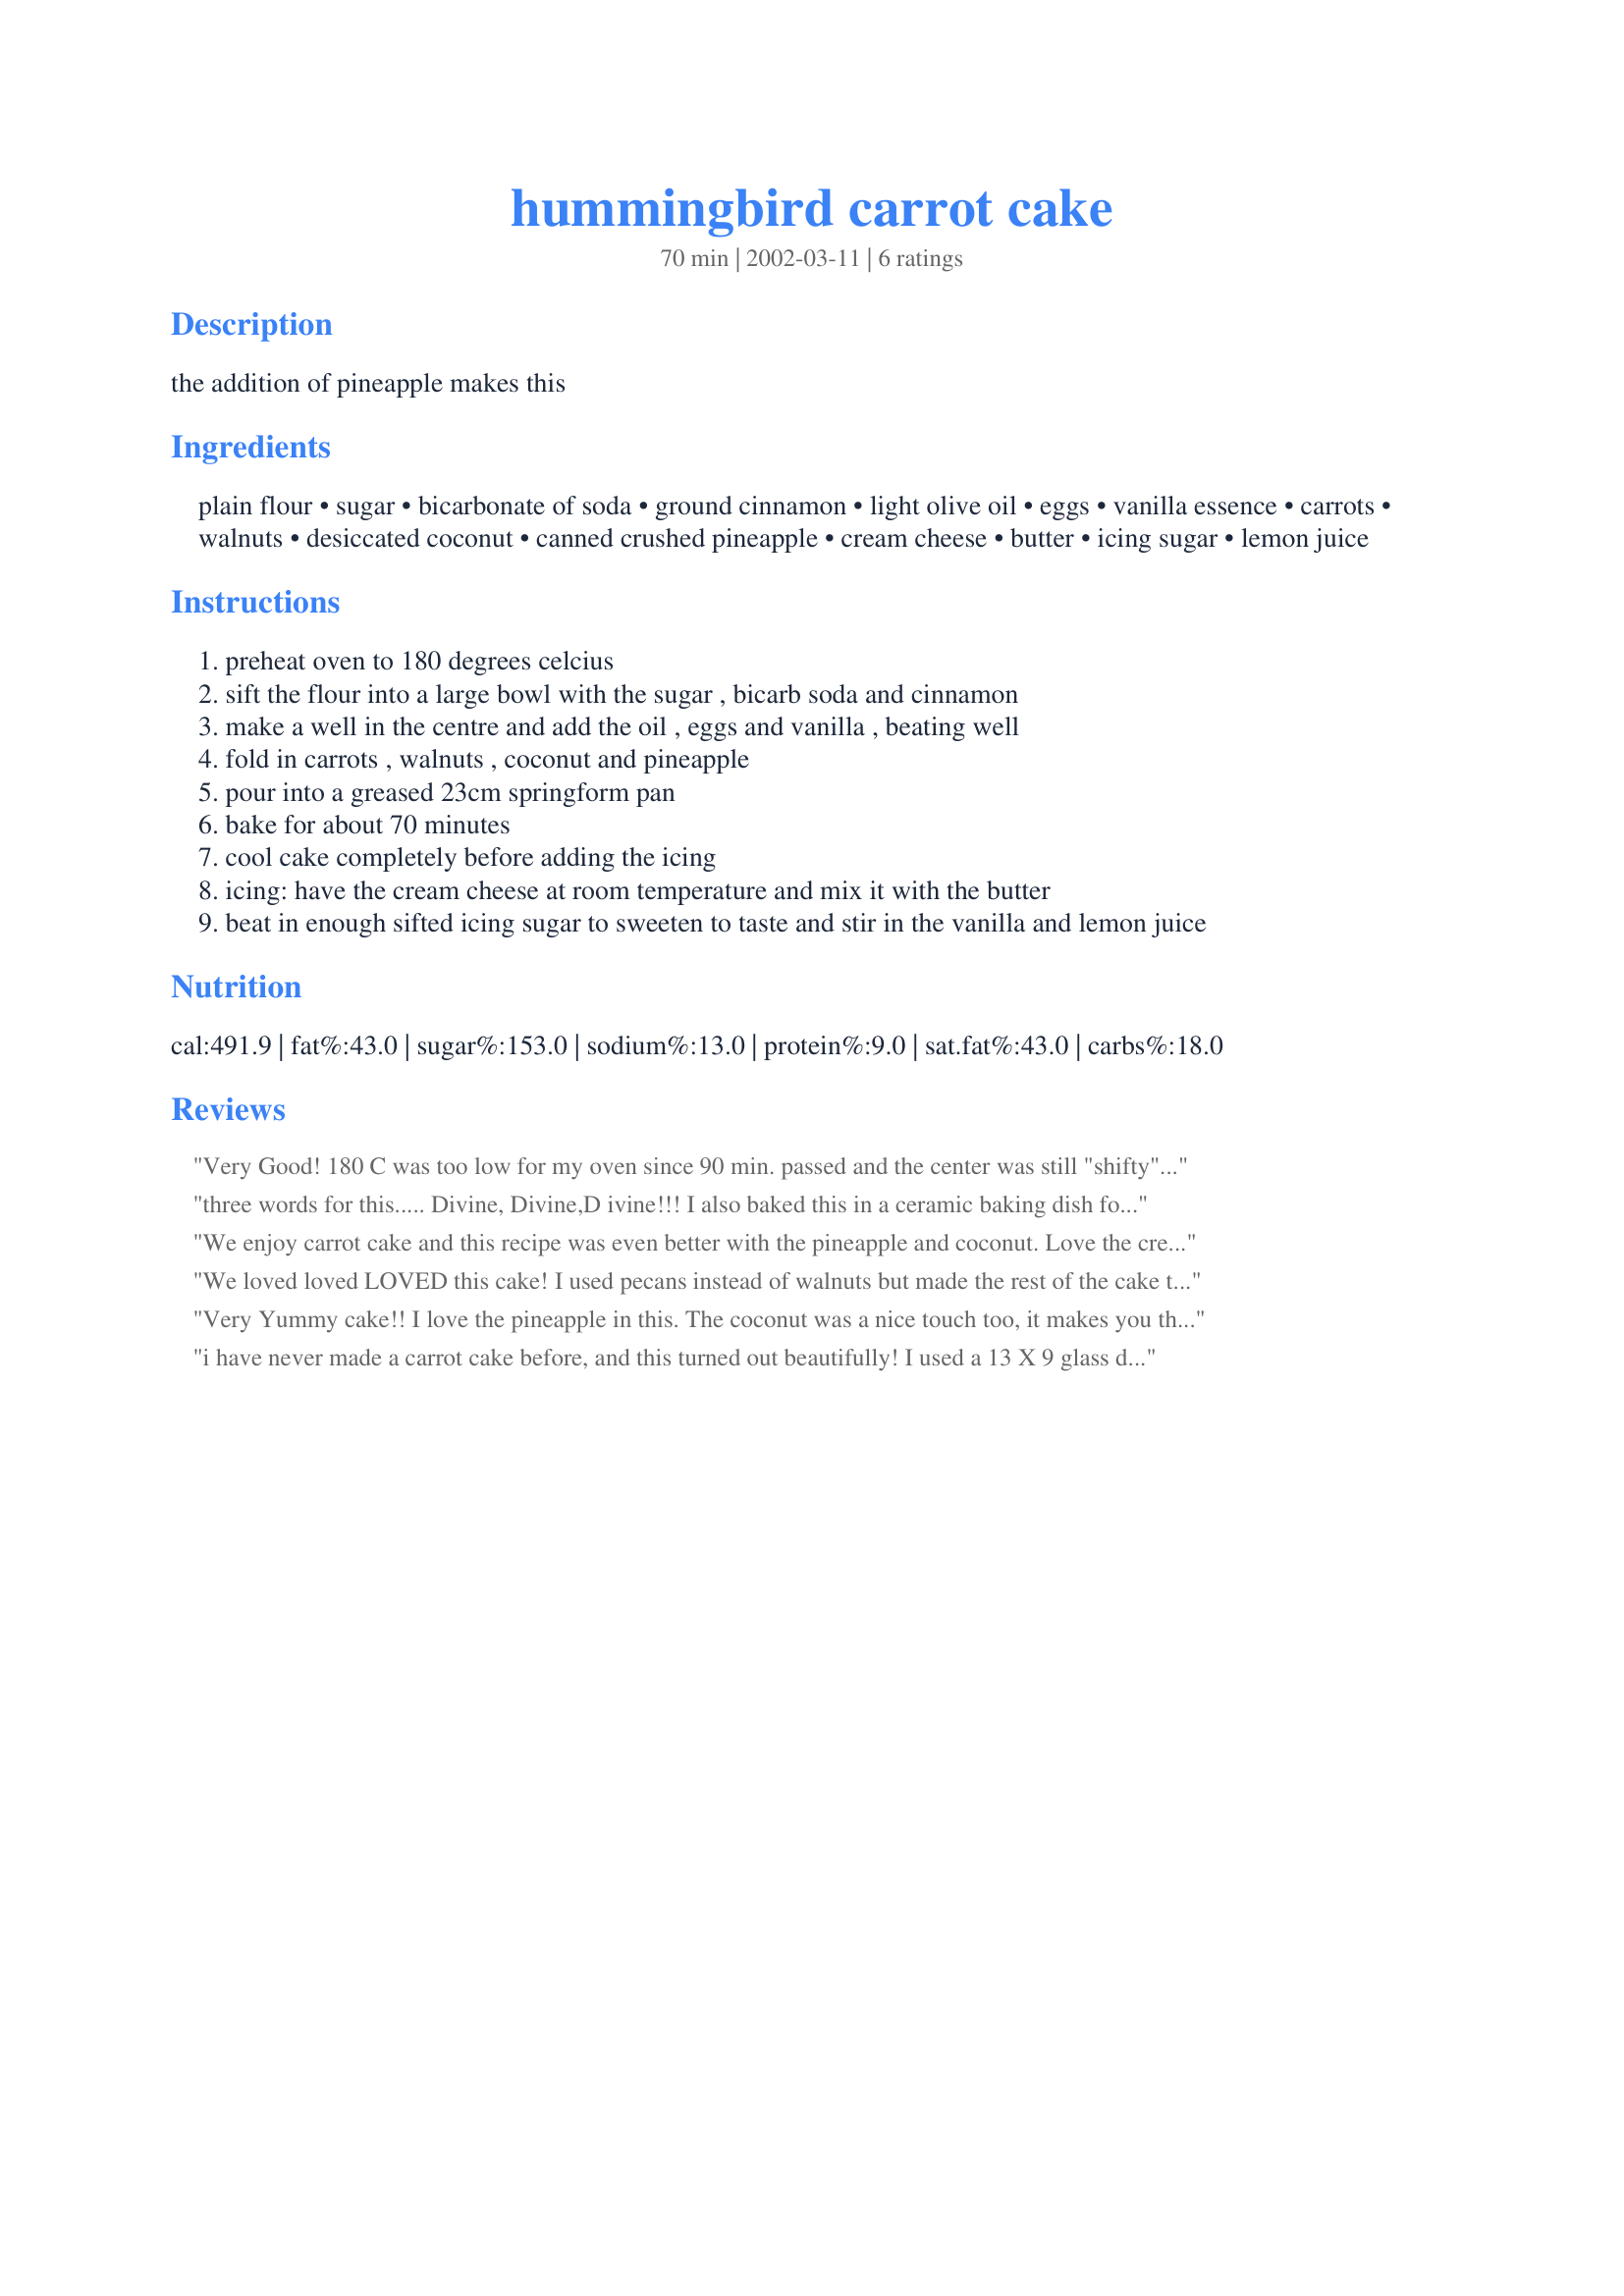
hummingbird carrot cake
Preparation time: 70 minutes

the addition of pineapple makes this

Ingredients:
plain flour, sugar, bicarbonate of soda, ground cinnamon, light olive oil, eggs, vanilla essence, carrots, walnuts, desiccated coconut, canned crushed pineapple, cream cheese, butter, icing sugar, lemon juice

Steps:
preheat oven to 180 degrees celcius
sift the flour into a large bowl with the sugar , bicarb soda and cinnamon
make a well in the centre and add the oil , eggs and vanilla , beating well
fold in carrots , walnuts , coconut and pineapple
pour into a greased 23cm springform pan
bake for about 70 minutes
cool cake completely before adding the icing
icing: have the cream cheese at room temperature and mix it with the butter
beat in enough sifted icing sugar to sweeten to taste and stir in the vanilla and lemon juice

Reviews:
Very Good! 180 C was too low for my oven since 90 min. passed and the center was still "shifty", so I ramped it up to 250 for about 25-30 more min. For one who likes to eat warm cake and cookies right out of the oven, you must cool this cake overnight for it to live up to the prior reviews. If it isn't sufficiently cooled, it has a doughy flavor. The icing really is the best!
three words for this..... Divine, Divine,D ivine!!!
I also baked this in a ceramic baking dish for about 50 minutes.Icing was perfect!Keeping this recipe for ever.
We enjoy carrot cake and this recipe was even better with the pineapple and coconut. Love the cream cheese frosting and very summery, tropical flavors.
We loved loved LOVED this cake! I used pecans instead of walnuts but made the rest of the cake the same. My father was licking his fork when he got done! DH had 2 pieces too :) It was a big hit here and a new favorite!
Very Yummy cake!! I love the pineapple in this. The coconut was a nice touch too, it makes you think "tropical". It was very moist, lots of flavor, I made it just as directed, didn't change a thing, but I baked it in 13x9 pan for about 45 minutes. Thanks for a great recipe, dale!
i have never made a carrot cake before, and this turned out beautifully! I used a 13 X 9 glass dish and it was done in 35 minutes. thanks!
